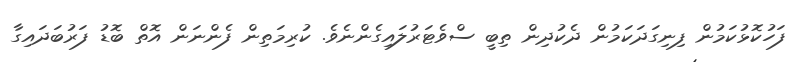
ފަހުކޮޅުކަމުން ފިނިގަދަކަމުން ދެކުދިން ތިބީ ސްވެޓަރުލައިގެންނެވެ. ކުރިމަތިން ފެންނަން އޮތް ބޮޑު ފަރުބަދައިގާ